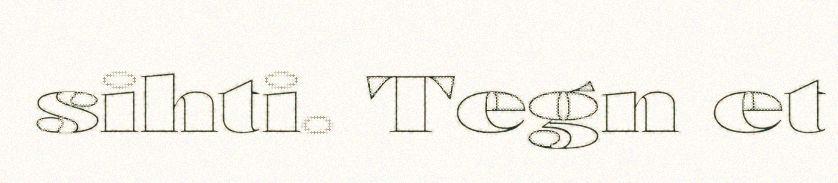
sihti. Tegn et